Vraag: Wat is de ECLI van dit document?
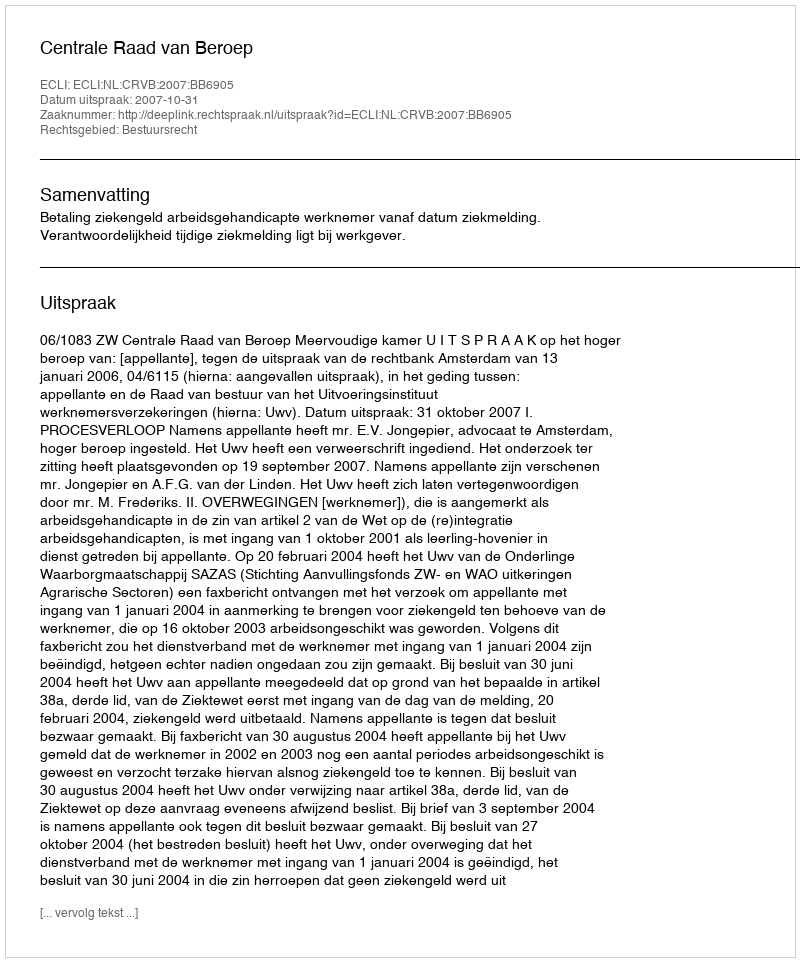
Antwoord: ECLI:NL:CRVB:2007:BB6905